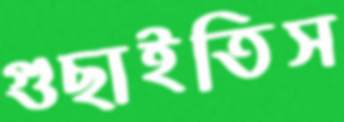
গুছাইতিস